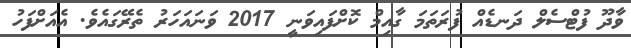
ވާދޫ ފުޓްސެލް ދަނޑެއް ފުރަތަމަ ގާއިމް ކޮށްފައިވަނީ 2017 ވަނައަހަރު ތެރޭގައެވެ. އެއަށްފަހު